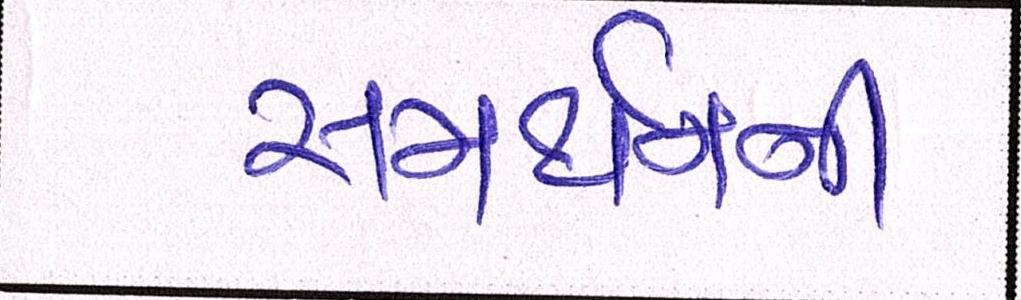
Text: સમર્થનની